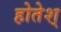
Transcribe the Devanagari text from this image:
होतेश्